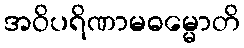
အဝိပရိဏာမဓမ္မောတိ